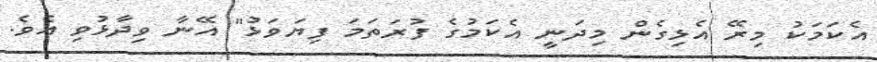
އެކަމަކު މިރޭ އެޅިގެން މިދަނީ އެކަމުގެ ފުރަތަމަ ފިޔަވަޅު" އޭނާ ވިދާޅުވި އެވެ.